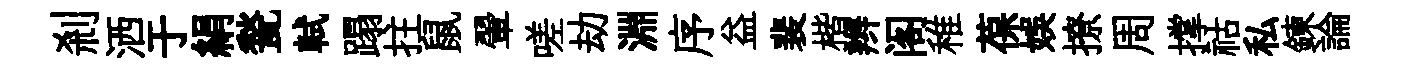
剎洒于絹甃軾蹋拄鼠翬嗟劫淵序益裴楷辫阁稚葆娱撩周撑祜私鍊論